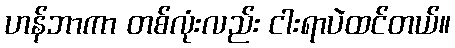
ဟန်ဘာကာ တစ်လုံးလည်း ငါးရာပဲထင်တယ်။